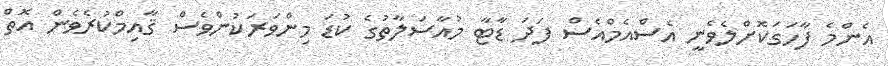
އެންމެ ފާހަގަކޮށްލެވެނީ އެސްއެމްއެސް ފަދަ ޑާޓާ މުއާސަލާތުގެ ކުޑަ މިންވަރަކުންވެސް ޤާއިމްކުރެވެން އޮތް